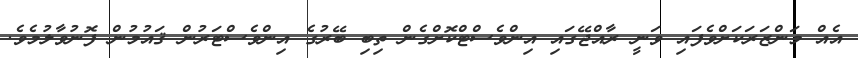
އެއް މަންޒަރަކަށްވެފައި ވަނީ ރާއްޖޭގައި އިންވެސްޓްކޮށްގެން ތިބި ބޭރުގެ އިންވެސްޓަރުން ޤައުމުން ފޮނުވާލުމެވެ.